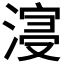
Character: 𣹦